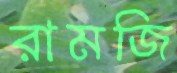
রামজি